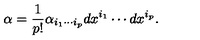
\alpha = { \frac { 1 } { p ! } } \alpha _ { i _ { 1 } \cdots i _ { p } } d x ^ { i _ { 1 } } \cdots d x ^ { i _ { p } } .